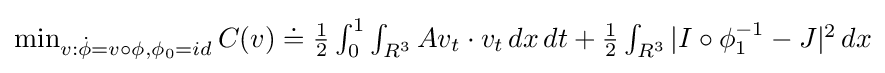
{\textstyle \min _{v:{\dot {\phi }}=v\circ \phi ,\phi _{0}=id}C(v)\doteq {\frac {1}{2}}\int _{0}^{1}\int _{R^{3}}Av_{t}\cdot v_{t}\,dx\,dt+{\frac {1}{2}}\int _{R^{3}}|I\circ \phi _{1}^{-1}-J|^{2}\,dx}